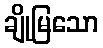
ချိုမြသော